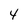
Character: 4